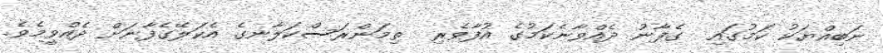
ނަބިއްޔަކު ކަމުގައި  ގެފާނު ދެއްވާނެކަމުގެ އުފާވެރި  ތިމަންރަސްކަލާނގެ އެކަލޭގެފާނަށް ދެއްވީމެވެ.